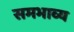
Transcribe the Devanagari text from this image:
समभाव्य